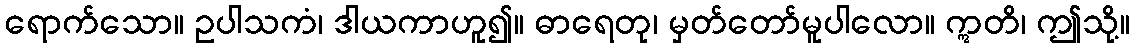
ရောက်သော။ ဥပါသကံ၊ ဒါယကာဟူ၍။ ဓာရေတု၊ မှတ်တော်မူပါလော။ ဣတိ၊ ဤသို့။